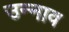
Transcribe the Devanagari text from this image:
उन्‍नाव